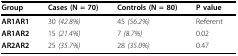
<table><thead><tr><td><b>Group</b></td><td><b>Cases (N = 70)</b></td><td><b>Controls (N = 80)</b></td><td><b>P value</b></td></tr></thead><tbody><tr><td><b>AR1AR1</b></td><td>30 <i>(42.8%)</i></td><td>45 <i>(56.2%)</i></td><td>Referent</td></tr><tr><td><b>AR1AR2</b></td><td>15 <i>(21.4%)</i></td><td>7 <i>(8.7%)</i></td><td>0.02</td></tr><tr><td><b>AR2AR2</b></td><td>25 <i>(35.7%)</i></td><td>28 <i>(35.0%)</i></td><td>0.47</td></tr></tbody></table>